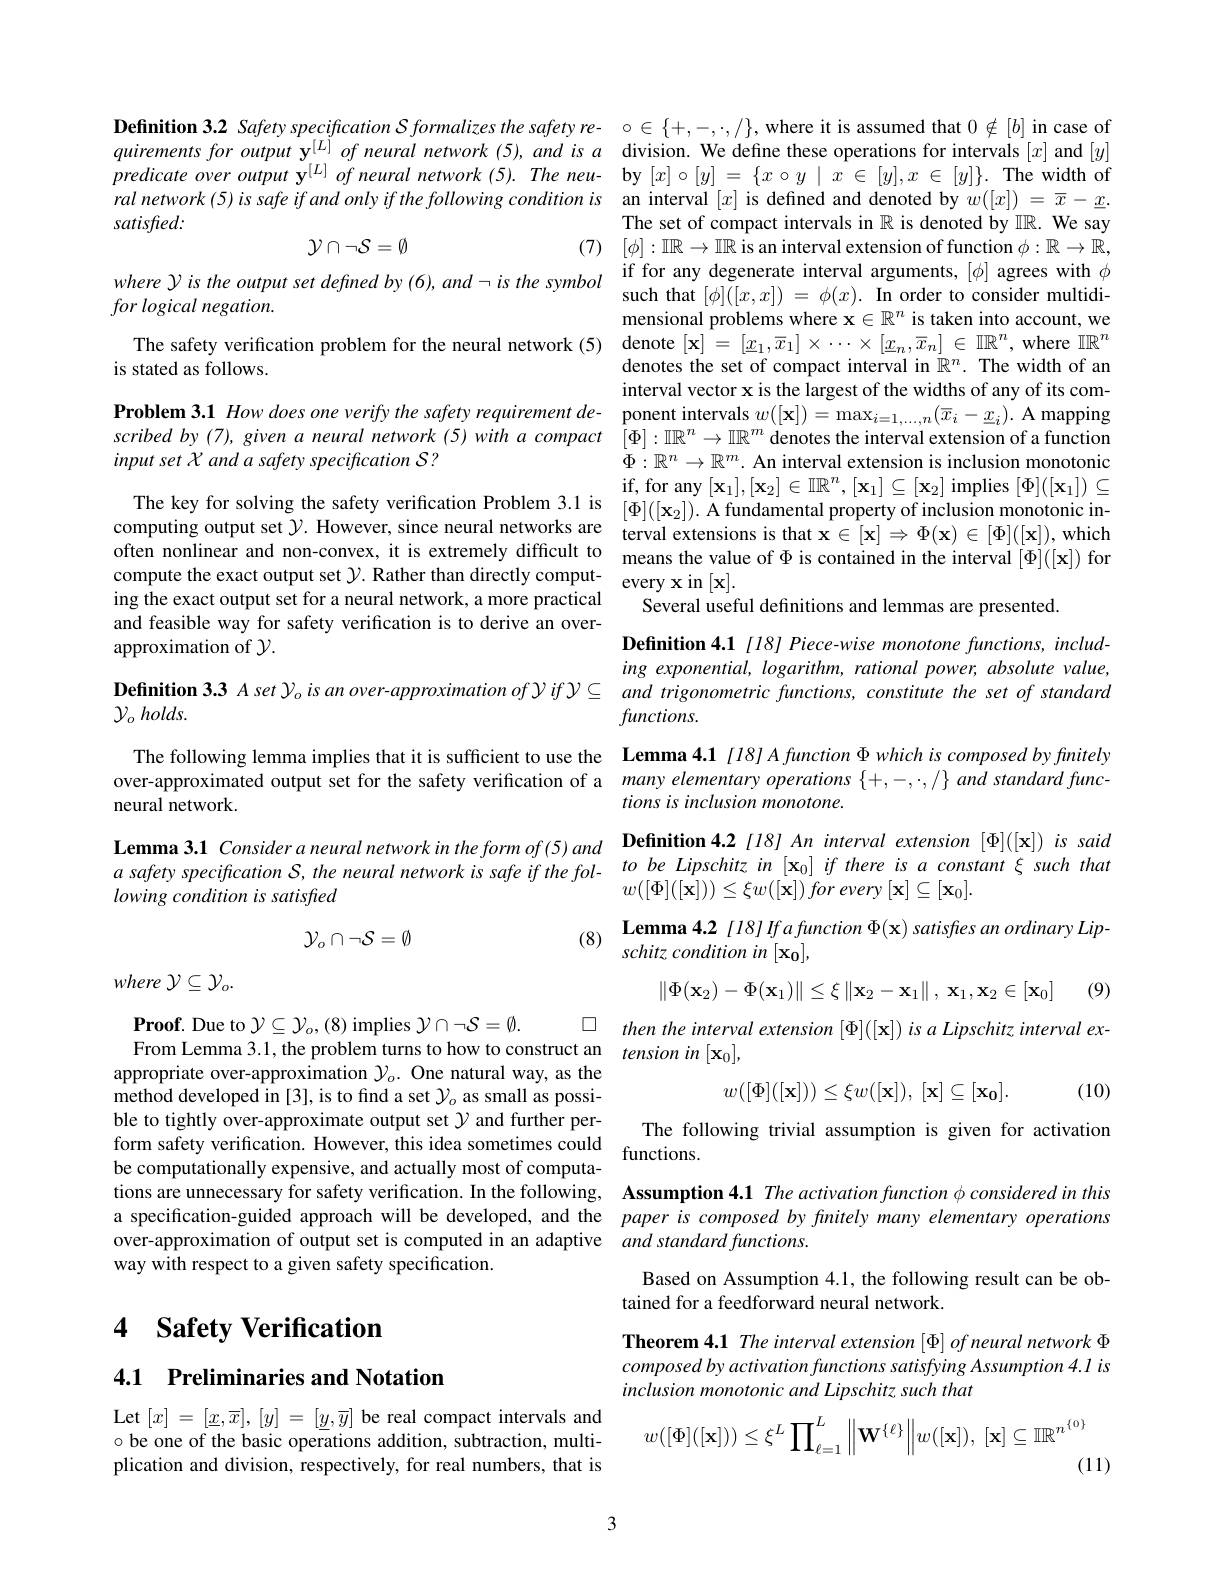
Definition 3.2 Safety specification $S$ formalizes the safety re- $\circ\in\{+,-,\cdot,/\}$, where it is assumed that $0\notin[b]$ in case of quirements for output $\mathbf{y}^{[L]}$ of neural network (5), and is a division. We define these operations for intervals $[x]$ and $[y]$ $predicateoveroutput\mathbf{y}^{[L]}of$ neural network(5).The neu- by $[x]\circ[y]=\{x\circ y\mid x\in[y],x\in[y]\}.$ The width of ral network (5)is safe if and only if the following condition is an interval $[x]$ is defined and denoted by $w([x])=\overline{x}-\underline{x}.$ satisfied:
$$\mathcal{Y}\cap\neg\mathcal{S}=\emptyset $$
$whereYistheoutputsetdefinedby(6),and-isthesymbol&\text{if for any degenerate interval arguments,}[\phi]\text{ agrees with }\phi\\forlogical~negation.&\text{such that }[\phi]([x,x])~=~\phi(x).&\text{In order to consider multidi-}\\forlogical~negation.&\text{Ter }\\forlogical~negation.&\text{Ter }\\\hline$

(7) $[ \phi ] : \mathbb{IR}\to \mathbb{IR}$ is an interval extension of function $\phi:\mathbb{R}\to\mathbb{R}$,

for logical negation.

The safety verification problem for the neural network (5) denote $[\mathbf{x}]=[\underline{x}_1,\overline{x}_1]\times\cdots\times[\underline{x}_n,\overline{x}_n]\in\mathbb{IR}^n$, where $\mathbb{IR}^n$
is stated as follows.

The set of compact intervals in $\mathbb{R}$ is denoted by $\mathbb{IR}.$ We say mensional problems where $\mathbf{x}\in\mathbb{R}^n$ is taken into account, we denotes the set of compact interval in $\mathbb{R}^n.$ The width of an interval vector x is the largest of the widths of any of its com-
$\textbf{Problem 3. 1 How does one verify the safety requirement de- ponent intervals }w( [ \mathbf{x} ] ) = \max _{i= 1, \ldots , n}( \overline {x}_i- \underline {x}_i) .$ A mapping scribed by (7), given $a$ neural network (5) with $a$ compact $[\Phi]:\mathbb{IR}^n\to\mathbb{IR}^m$ denotes the interval extension of a function
$\Phi:\mathbb{R}^n\to\mathbb{R}^m.$ An interval extension is inclusion monotonic
The key for solving the safety verification Problem 3.1 is $\begin{array}{ll}\mathrm{if~for~any~[x_1],[x_2]\in\mathbb{IR}^n,[x_1]\subseteq[x_2]~implies~[\Phi]([x_1])\subseteq\\\mathrm{computing~output~set~}\mathcal{Y}.\text{ However, since neural networks are} \mathrm{terval~extensions~is~that~x\in[x]\Rightarrow~\Phi(x)\in[\Phi][[x]),~which} {array}}\end{array}$ often nonlinear and non-convex, it is extremely diffcult to means the value of $\Phi$ is contained in the interval $[\Phi]([\mathbf{x}])$ for compute the exact output set $\mathcal{Y}.$ Rather than directly comput- every x in [x].
Several useful definitions and lemmas are presented.

input set X and a safety specification S ?

ing the exact output set for a neural network, a more practical and feasible way for safety verification is to derive an overapproximation of $\mathcal{Y}.$

Definition 4.1 [18] Piece-wise monotone functions, including exponential, logarithm, rational power, absolute value,
Definition 3.3 Aset $y_o$ is an over-approximation of $y$ if $\mathcal{Y} \subseteq$ and trigonometric functions, constitute the set of standard
functions.

$\mathcal{Y} _o$ $holds.$

The following lemma implies that it is sufficient to use the Lemma 4.1 $\color{red}{[l]}8l$ Afunction $\Phi$ which is composed by fmitely over-approximated output set for the safety verification of a many elementary operations $\{+,-,\cdot,/\}$ and standard func-
tions is inclusion monotone.
neural network.

Lemma 3.1 Considera neural network in the form of(5) and Definition 4.2 [18] An interval extension [ $\Phi]([\mathbf{x}])$ is said $a$ safety specification S, the neural network is safe if the fol- to be Lipschitz in [x$_0]$ if there is $a$ constant $\xi$ such that lowing condition is satisfied

$w( [ \Phi ] ( [ \mathbf{x} ] ) ) \leq \xi w( [ \mathbf{x} ] ) \textit{for every}[ \mathbf{x} ] \subseteq [ \mathbf{x} _{0}] .$
$$\mathcal{Y}_{o}\cap\neg\mathcal{S}=\emptyset $$
(8) $\textbf{Lemma 4. 2 [ 18] If a function }\Phi ( \mathbf{x} )$ satisfies an ordinary Lip-(8) schitz condition in $[\mathbf{x_0}]$,

$where{\mathcal V}\subseteq{\mathcal Y}_{o}.$
$$\left\|\Phi(\mathbf{x}_2)-\Phi(\mathbf{x}_1)\right\|\leq\xi\left\|\mathbf{x}_2-\mathbf{x}_1\right\|,\:\mathbf{x}_1,\mathbf{x}_2\in\left[\mathbf{x}_0\right]$$
(9)

$\square$ then the interval extension [ $\Phi ] ( [ \mathbf{x} ] ) \textit{is a Lipschitz interval ex- }$
From Lemma 3.1, the problem turns to how to construct an $tensionin\left[\mathbf{x}_0\right]$,
$$w([\Phi]([\mathbf{x}]))\leq\xi w([\mathbf{x}]),\:[\mathbf{x}]\subseteq[\mathbf{x_0}].$$
(10)

The following trivial assumption is given for activation
form safety verification. However, this idea sometimes could functions. be computa. be computa. computa.

$\textbf{Proof. Due to }\mathcal{Y} \subseteq \mathcal{Y} _o, ( 8)$ implies $\mathcal{Y}\cap\neg\mathcal{S}=\emptyset.$
appropriate over-approximation $\mathcal{Y}_o.$ One natural way, as the method developed in [3], is to find a set $\mathcal{Y}_o$ as small as possible to tightly over-approximate output set $\mathcal{Y}$ and further perbe computationally expensive, and actually most of computations are unnecessary for safety verification. In the following, Assumption 4.1 The activation function $\phi consideredin$ this a specification-guided approach will be developed, and the paper is composed by finitely many elementary operations over-approximation of output set is computed in an adaptive $andstandardfunctions.$
way with respect to a given safety specification.

Based on Assumption 4.1, the following result can be ob-
tained for a feedforward neural network
Theorem 4.1 The interval extension [ Φ] of neural network Φ composed by activation functions satisfying Assumption 4.1 is inclusion monotonic and Lipschitz such that

# 4 $\textbf{Safety Verification}$

4.1 Preliminaries and Notation
$$w([\Phi]([\mathbf{x}]))\leq\xi^{L}\prod_{\ell=1}^{L}\left\|\mathbf{W}^{\{\ell\}}\right\|w([\mathbf{x}]),\:[\mathbf{x}]\subseteq\mathbb{IR}^{n^{\{0\}}}$$
(11)

Let$\left[x\right]=\left[\underline{x},\overline{x}\right],\left[y\right]=\left[\underline{y},\overline{y}\right]$be real compact intervals and $\circ$ be one of the basic operations addition, subtraction, multiplication and division, respectively, for real numbers, that is

3